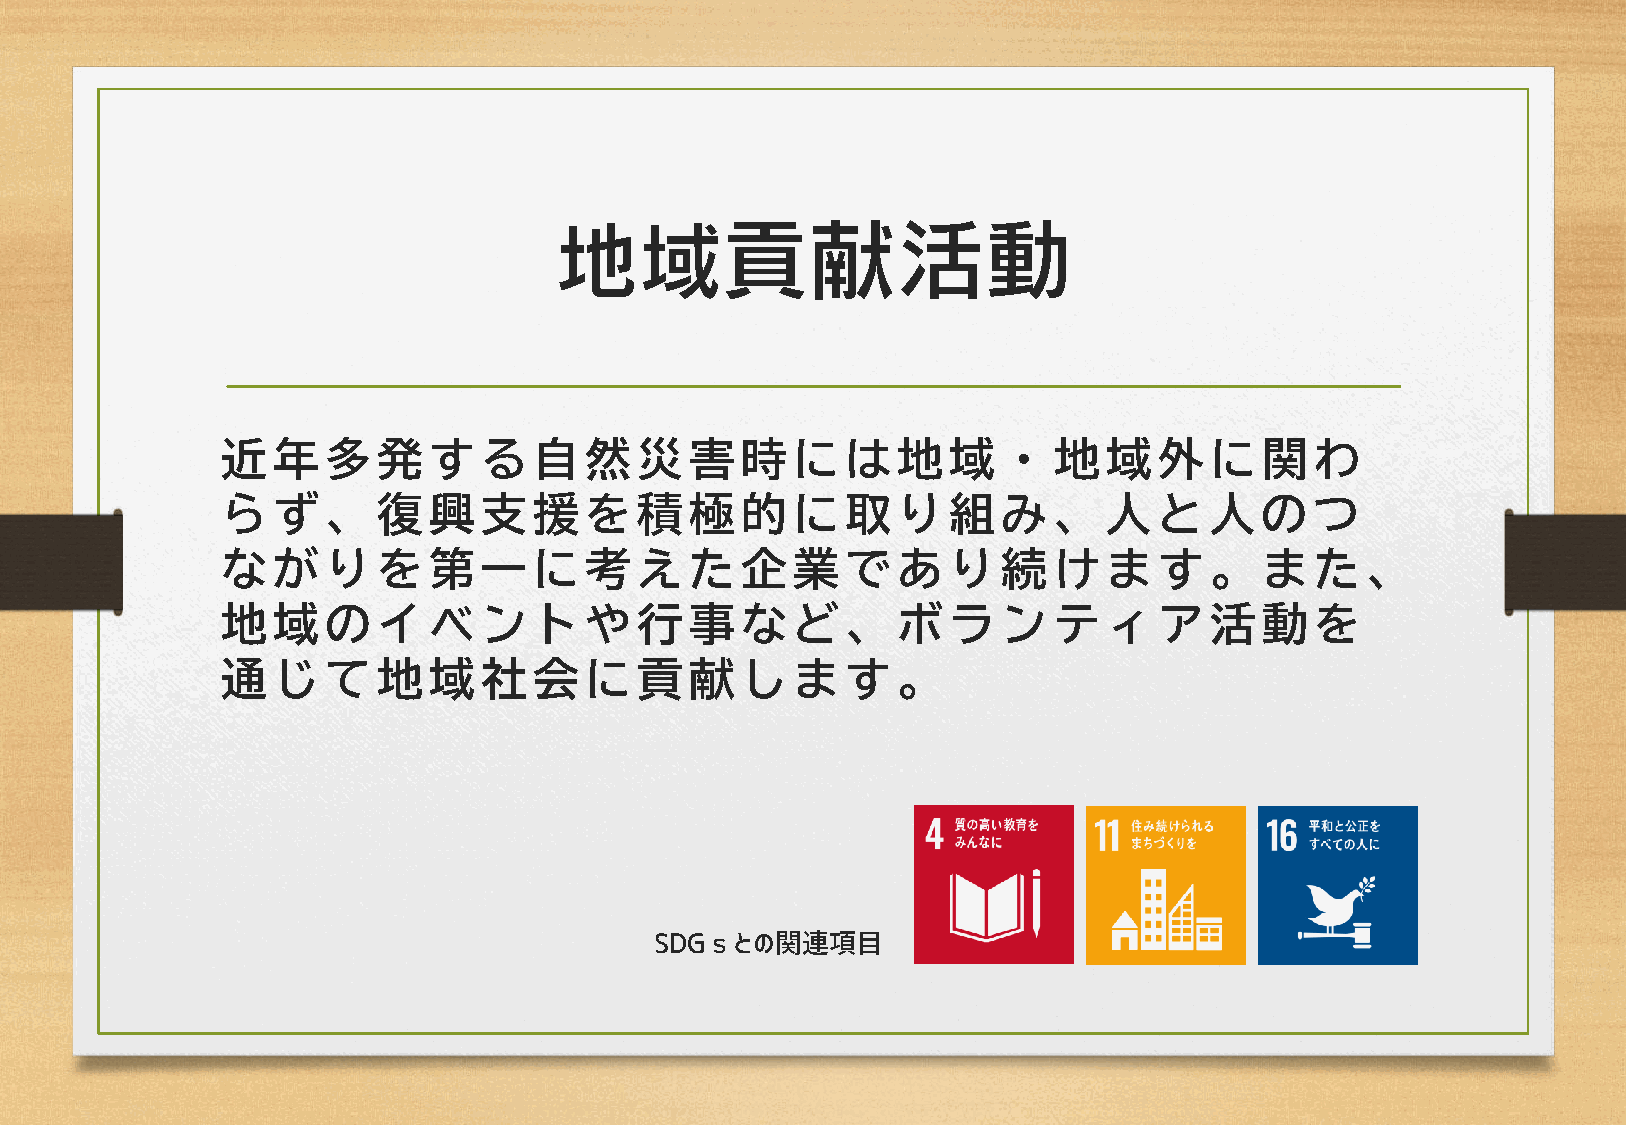
近年多発         する自然          災害時に          は地域・          地域外に         関わ
 らず、復         興支援を          積極的に          取り組み          、人と人         のつ
 ながりを         第一に考          えた企業          であり続          けます。         また、
 地域のイ         ベントや          行事など          、ボラン          ティア活         動を
 通じて地         域社会に          貢献しま          す。
 SDGｓとの関連項目